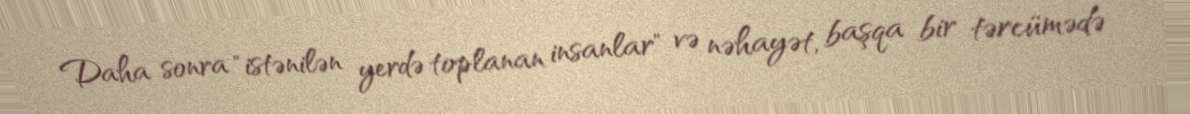
Daha sonra "istənilən yerdə toplanan insanlar" və nəhayət, başqa bir tərcümədə